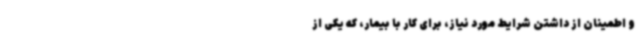
و اطمینان از داشتن شرایط مورد نیاز، برای کار با بیمار، که یکی از